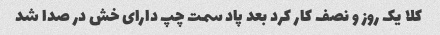
کلا یک روز و نصف کار کرد بعد پاد سمت چپ دارای خش در صدا شد